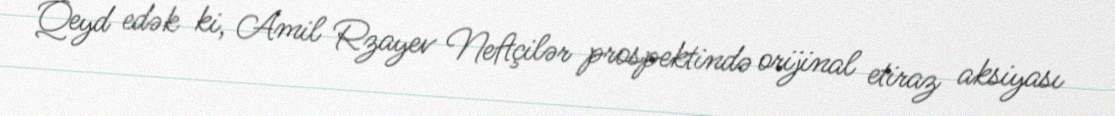
Qeyd edək ki, Amil Rzayev Neftçilər prospektində orijinal etiraz aksiyası